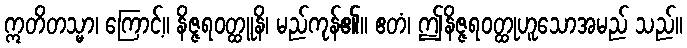
ဣတိတသ္မာ၊ ကြောင့်။ နိဇ္ဇရဝတ္ထူနိ၊ မည်ကုန်၏။ ဧတံ၊ ဤနိဇ္ဇရဝတ္ထုဟူသောအမည် သည်။